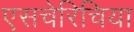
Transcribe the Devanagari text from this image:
एसचेरिचिया